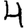
Digit: 4